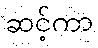
ဆင့်ကာ